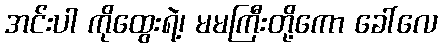
အင်းပါ ကိုထွေးရဲ့၊ မမကြီးတို့ကော ခေါ်လေ